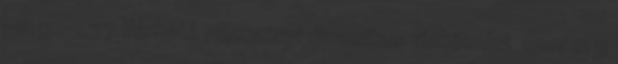
-0,92-1,37 Várható pillanatnyi dinamikus vízkészlet ezer m 3